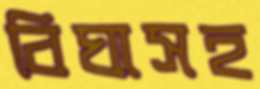
বিঘাসহ